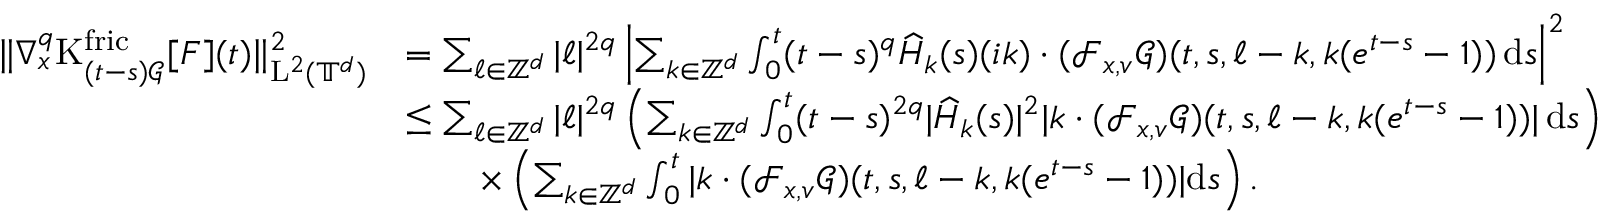
\begin{array} { r l } { \Vert \nabla _ { x } ^ { q } \mathrm { K } _ { ( t - s ) \mathcal { G } } ^ { \mathrm { f r i c } } [ F ] ( t ) \Vert _ { \mathrm { L } ^ { 2 } ( \mathbb T ^ { d } ) } ^ { 2 } } & { = \sum _ { \ell \in \mathbb Z ^ { d } } \vert \ell \vert ^ { 2 q } \left\vert \sum _ { k \in \mathbb Z ^ { d } } \int _ { 0 } ^ { t } ( t - s ) ^ { q } \widehat { H } _ { k } ( s ) ( i k ) \cdot ( \mathcal { F } _ { x , v } \mathcal { G } ) ( t , s , \ell - k , k ( e ^ { t - s } - 1 ) ) \, \mathrm { d } s \right\vert ^ { 2 } } \\ & { \leq \sum _ { \ell \in \mathbb Z ^ { d } } \vert \ell \vert ^ { 2 q } \left( \sum _ { k \in \mathbb Z ^ { d } } \int _ { 0 } ^ { t } ( t - s ) ^ { 2 q } \vert \widehat { H } _ { k } ( s ) \vert ^ { 2 } \vert k \cdot ( \mathcal { F } _ { x , v } \mathcal { G } ) ( t , s , \ell - k , k ( e ^ { t - s } - 1 ) ) \vert \, \mathrm { d } s \right) } \\ & { \qquad \times \left( \sum _ { k \in \mathbb Z ^ { d } } \int _ { 0 } ^ { t } \vert k \cdot ( \mathcal { F } _ { x , v } \mathcal { G } ) ( t , s , \ell - k , k ( e ^ { t - s } - 1 ) ) \vert \mathrm { d } s \right) . } \end{array}